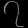
Digit: ၇